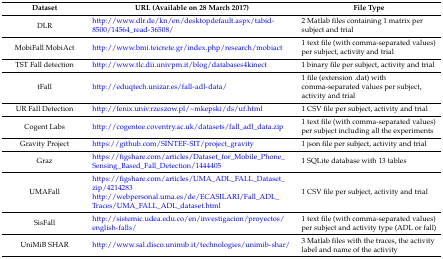
| Dataset | URL (Available on 28 March 2017) | File Type |
 | --- | --- | --- |
 | DLR | http://www.dlr.de/kn/en/desktopdefault.aspx/tabid-8500/14564_read-36508/ | 2 Matlab files containing 1 matrix per subject and trial |
 | MobiFall MobiAct | http://www.bmi.teicrete.gr/index.php/research/mobiact | 1 text file (with comma-separated values) per subject, activity and trial |
 | TST Fall detection | http://www.tlc.dii.univpm.it/blog/databases4kinect | 1 binary file per subject, activity and trial |
 | tFall | http://eduqtech.unizar.es/fall-adl-data/ | 1 file (extension .dat) with comma-separated values per subject, activity and trial |
 | UR Fall Detection | http://fenix.univ.rzeszow.pl/~mkepski/ds/uf.html | 1 CSV file per subject, activity and trial |
 | Cogent Labs | http://cogentee.coventry.ac.uk/datasets/fall_adl_data.zip | 1 text file (with comma-separated values) per subject including all the experiments |
 | Gravity Project | https://github.com/SINTEF-SIT/project_gravity | 1 json file per subject, activity and trial |
 | Graz | https://figshare.com/articles/Dataset_for_Mobile_Phone_Sensing_Based_Fall_Detection/1444405 | 1 SQLite database with 13 tables |
 | UMAFall | https://figshare.com/articles/UMA_ADL_FALL_Dataset_zip/4214283http://webpersonal.uma.es/de/ECASILARI/Fall_ADL_Traces/UMA_FALL_ADL_dataset.html | 1 CSV file per subject, activity and trial |
 | SisFall | http://sistemic.udea.edu.co/en/investigacion/proyectos/english-falls/ | 1 text file (with comma-separated values) per subject and activity type (ADL or fall) |
 | UniMiB SHAR | http://www.sal.disco.unimib.it/technologies/unimib-shar/ | 3 Matlab files with the traces, the activity label and name of the activity |